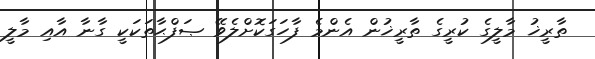
ތާރީޚު މާލީގެ ކުރީގެ ތާރީޚުން އެންމެ ފާހަގަކޮށްލެވޭ ޞަފްޙާތަކަކީ ގާނާ އާއި މާލީ